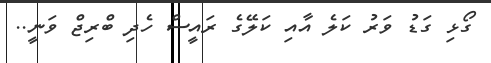
ގޯޅި ގަޑު ވަރު ކަލެ އާއި ކަލޭގެ ރައީސް ހެދި ބްރިޖް ވަނީ..